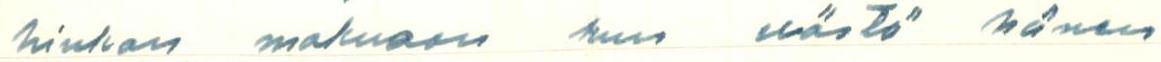
hiukan makuaan kun erästö hänen